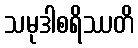
သမုဒါစရိဿတိ